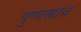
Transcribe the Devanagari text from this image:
पुष्पस्राव